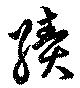
績